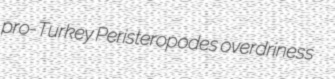
pro-Turkey Peristeropodes overdriness